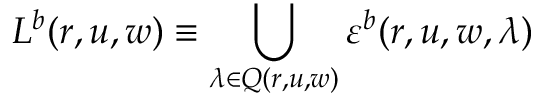
L ^ { b } ( r , u , w ) \equiv \bigcup _ { \lambda \in Q ( r , u , w ) } \varepsilon ^ { b } ( r , u , w , \lambda )